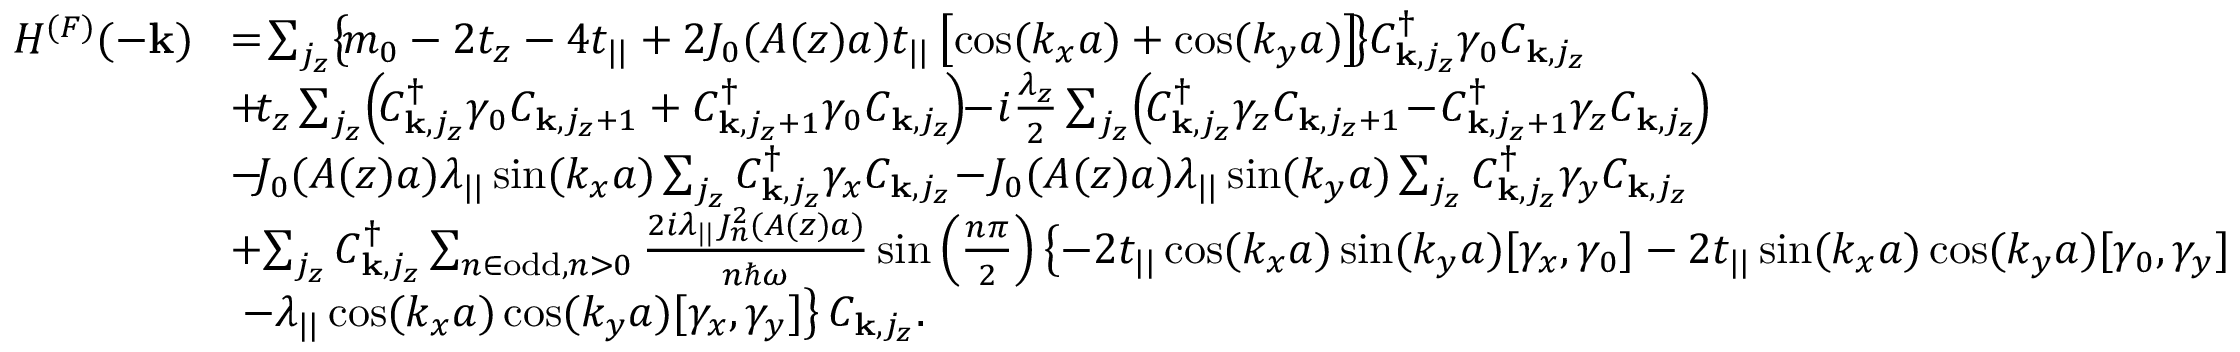
\begin{array} { r l } { H ^ { ( F ) } ( - { \bf k } ) } & { \! = \! \sum _ { j _ { z } } \! \left\{ \! m _ { 0 } - 2 t _ { z } - 4 t _ { | | } + 2 { \cal J } _ { 0 } ( A ( z ) a ) t _ { | | } \left[ \cos ( k _ { x } a ) + \cos ( k _ { y } a ) \right] \! \right\} \! C _ { { \bf k } , j _ { z } } ^ { \dagger } \gamma _ { 0 } C _ { { \bf k } , j _ { z } } } \\ & { \! + \! t _ { z } \sum _ { j _ { z } } \! \left( \! C _ { { \bf k } , j _ { z } } ^ { \dagger } \gamma _ { 0 } C _ { { \bf k } , j _ { z } + 1 } + C _ { { \bf k } , j _ { z } + 1 } ^ { \dagger } \gamma _ { 0 } C _ { { \bf k } , j _ { z } } \! \right) \! \! - \! i \frac { \lambda _ { z } } { 2 } \sum _ { j _ { z } } \! \left( \! C _ { { \bf k } , j _ { z } } ^ { \dagger } \gamma _ { z } C _ { { \bf k } , j _ { z } + 1 } \! - \! C _ { { \bf k } , j _ { z } + 1 } ^ { \dagger } \gamma _ { z } C _ { { \bf k } , j _ { z } } \! \right) \! } \\ & { \! - \! { \cal J } _ { 0 } ( A ( z ) a ) \lambda _ { | | } \sin ( k _ { x } a ) \sum _ { j _ { z } } C _ { { \bf k } , j _ { z } } ^ { \dagger } \gamma _ { x } C _ { { \bf k } , j _ { z } } \! - \! { \cal J } _ { 0 } ( A ( z ) a ) \lambda _ { | | } \sin ( k _ { y } a ) \sum _ { j _ { z } } C _ { { \bf k } , j _ { z } } ^ { \dagger } \gamma _ { y } C _ { { \bf k } , j _ { z } } } \\ & { \! + \! \sum _ { j _ { z } } C _ { { \bf k } , j _ { z } } ^ { \dagger } \sum _ { n \in \mathrm { o d d } , n > 0 } \frac { 2 i \lambda _ { | | } { \cal J } _ { n } ^ { 2 } ( A ( z ) a ) } { n \hbar \omega } \sin \left( \frac { n \pi } { 2 } \right) \left\{ - 2 t _ { | | } \cos ( k _ { x } a ) \sin ( k _ { y } a ) [ \gamma _ { x } , \gamma _ { 0 } ] - 2 t _ { | | } \sin ( k _ { x } a ) \cos ( k _ { y } a ) [ \gamma _ { 0 } , \gamma _ { y } ] \right. } \\ & { \left. - \lambda _ { | | } \cos ( k _ { x } a ) \cos ( k _ { y } a ) [ \gamma _ { x } , \gamma _ { y } ] \right\} C _ { { \bf k } , j _ { z } } . } \end{array}